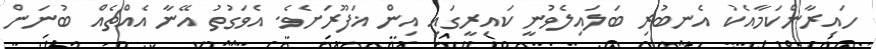
ހައިރާންކަމާއެކު އެނބުރި ބަލައިލެވުނީ ކައިރީގައި އިން ޣަފޫރަށެވެ. އެވަގުތު އޭނާ އެއްޗެއް ބުނަން